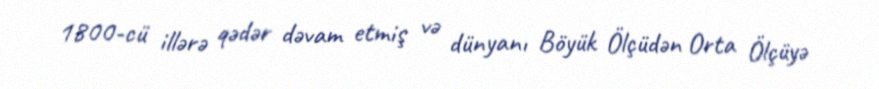
1800-cü illərə qədər dəvam etmiş və dünyanı Böyük Ölçüdən Orta Ölçüyə